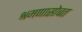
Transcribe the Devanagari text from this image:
श्रमणासोबत